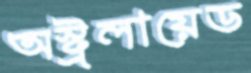
অস্ট্রলায়েড